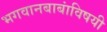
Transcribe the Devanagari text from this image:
भगवानबाबांविषयी